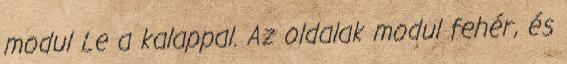
modul Le a kalappal. Az oldalak modul fehér, és